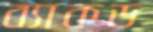
ব্যাকড